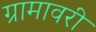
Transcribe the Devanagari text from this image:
ग्रामावरी